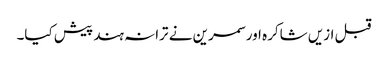
قبل ازیں شاکرہ اور سمرین نے ترانہ ہند پیش کیا۔